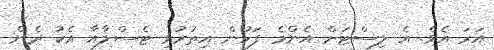
އަރަ އެވެ. އެ ލިސްޓަށް އެންމެ ފަހުން އިތުރުވި ޓެސްލާއާ އެކު ދެން